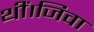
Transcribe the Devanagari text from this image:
थीं।जिवा